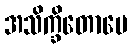
အသိက္ခိတောပေ